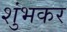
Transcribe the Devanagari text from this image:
शुंभकर